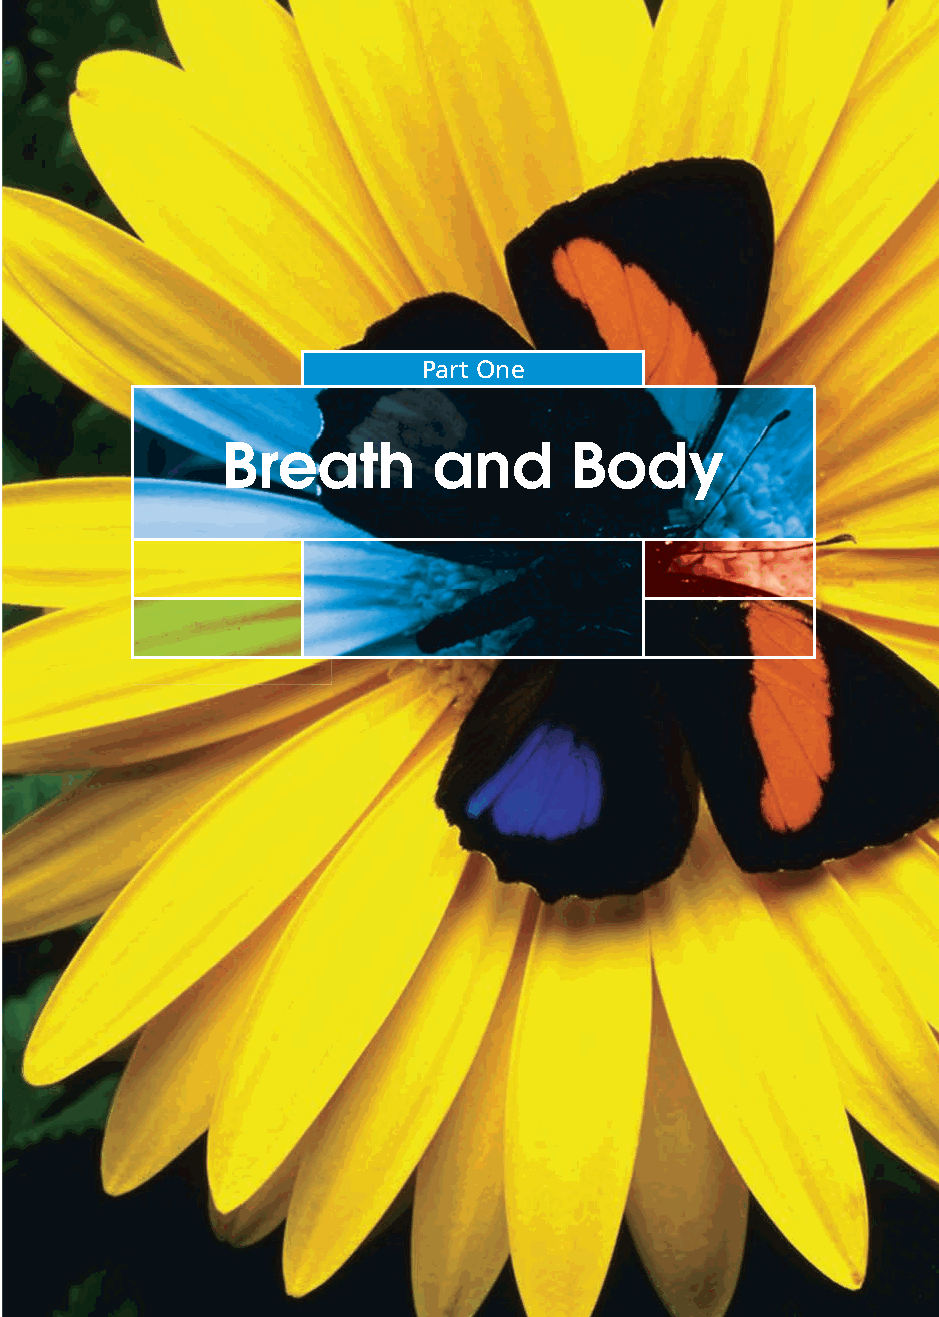
7
 Part One
 Breath        and       Body
 ffiivvee__220000667788..iinndddd SSeecc11::1111     3300//55//0055 55::0033::1177 PPMM